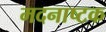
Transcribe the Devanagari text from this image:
मदनाष्टक